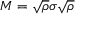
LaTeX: M = { \sqrt { \rho } } \sigma { \sqrt { \rho } }